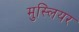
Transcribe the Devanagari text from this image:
मुस्लियर